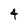
Character: 4